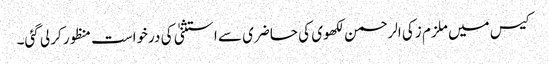
کیس میں ملزم زکی الرحمن لکھوی کی حاضری سے استثنیٰ کی درخواست منظور کرلی گئی۔